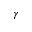
\gamma